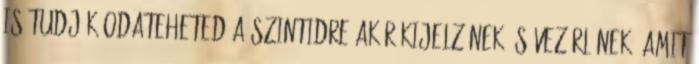
is tudják.odateheted a szintidre akár kijelzönek és vezérlönek. Amit